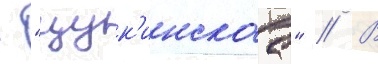
- "щук'инскаа" // В